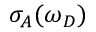
\sigma _ { A } ( \omega _ { D } )